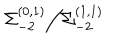
\Sigma _ { - 2 } ^ { ( 0 , 1 ) } \Big / \Sigma _ { - 2 } ^ { ( 1 , 1 ) }